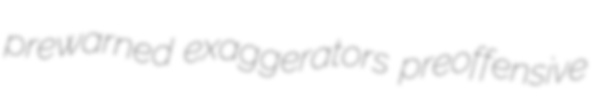
prewarned exaggerators preoffensive